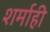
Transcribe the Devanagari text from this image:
शर्माही